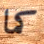
كما